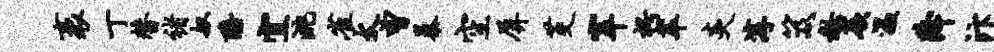
袤丁替褚奴醅宜洮雀太曾暴空屏茭宰枵萃炎淳笈秘蕨温降汴